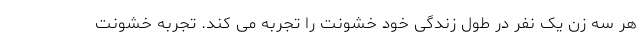
هر سه زن یک نفر در طول زندگی خود خشونت را تجربه می کند. تجربه خشونت